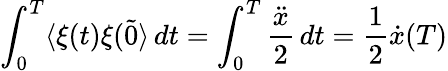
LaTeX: \int_{0}^{T}\langle\xi(t)\xi(\tilde{0}\rangle\, dt=\int_{0}^{T}{\frac{\ddot{x}}{2}}\, dt={\frac{1}{2}}\dot{x}(T)